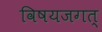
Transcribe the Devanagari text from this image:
विषयजगत्